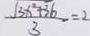
\frac { \sqrt { 3 x ^ { 2 } + 3 6 } } { 3 } = 2